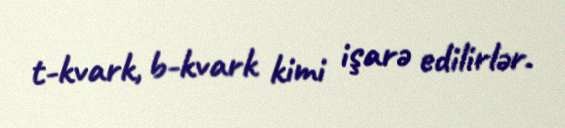
t-kvark, b-kvark kimi işarə edilirlər.